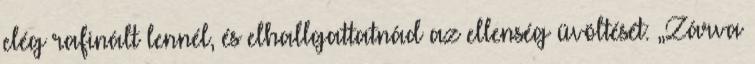
elég rafinált lennél, és elhallgattatnád az ellenség üvöltését: „Zárva